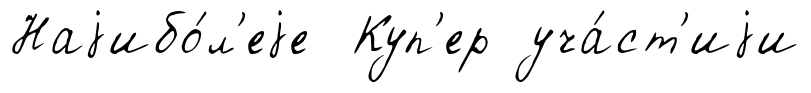
Наjибо́л'еjе Куп'ер уча́ст'иjи